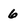
Character: 6